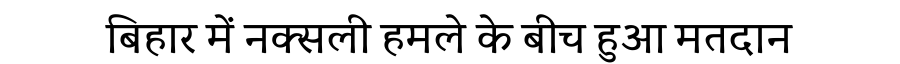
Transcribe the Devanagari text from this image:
बिहार में नक्सली हमले के बीच हुआ मतदान